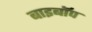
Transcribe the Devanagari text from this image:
बाइबॉप